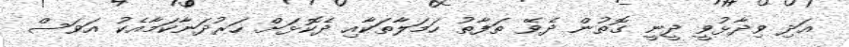
އަދި ވިދާޅުވީ ދީނީ ގޮތުން ދެވޭ ތަފާތު ހަމަލާތަކާއި ދެކޮޅަށް ހަރުދަނާކަމާއެކު އަވަސް